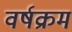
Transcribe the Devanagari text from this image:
वर्षक्रम